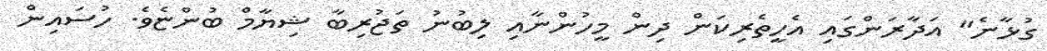
ގުޅާނެ" އަދާރަންގައި އެހީތެރިކަން ދިން މީހުންނާއި ލިބުނު ތަޖުރިބާ ޝިޔާމް ބުންޏެވެ. ހުސައިން